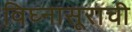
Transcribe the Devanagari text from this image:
विघ्‍नासूराची